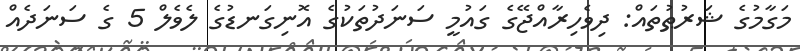
މަގާމުގެ ޝަރުޠުތައް: ދިވެހިރާއްޖޭގެ ގައުމީ ސަނަދުތަކުގެ އޮނިގަނޑުގެ ލެވެލް 5 ގެ ސަނަދެއް